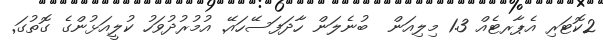
2ކޮޓަރި އެޕާރޓެއް 1.3 މިލިއަން  ބުނެލަން ހާދަފަސޭހައޭ